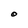
Character: O